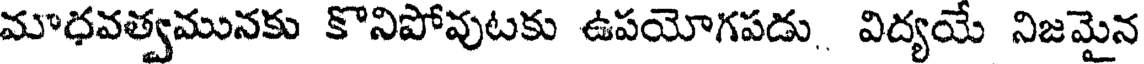
మాధవత్వమునకు కొనిపోవుటకు ఉపయోగపడు విద్యయే నిజమైన